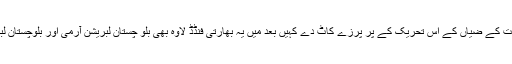
لہٰذا ابھی ہی حکومت کو چاہیئے کہ بنا کسی وقت کے ضیاں کے اس تحریک کے پر پرزے کاٹ دے کہیں بعد میں یہ بھارتی فنڈڈ لاوہ بھی بلو چستان لبریشن آرمی اور بلوچستان لبریشن فرنٹ کی طرز کاآتش فشاں نہ بن جائے ۔